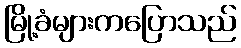
မြို့ခံများကပြောသည်